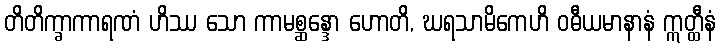
တိတိက္ခာကာရဏံ ဟိဿ သော ကာမစ္ဆန္ဒော ဟောတိ, ဃရသာမိကေဟိ ဝဓီယမာနာနံ ဣတ္ထီနံ